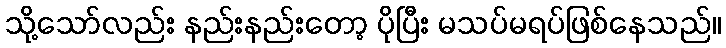
သို့သော်လည်း နည်းနည်းတော့ ပိုပြီး မသပ်မရပ်ဖြစ်နေသည်။